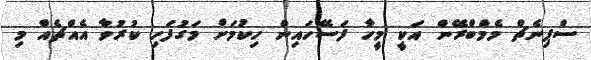
ސްޕިނެޗް މެމްބްރޭން އަކީ މީހާ ފަސޭހައިން ހިކުމަށް މަގުފަހި ކުރުވާ އެއްޗެއް މި